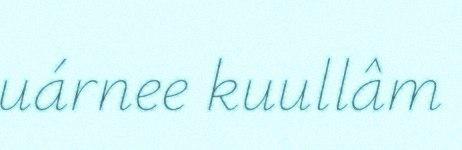
uárnee kuullâm